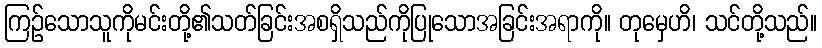
ကြဉ်သောသူကိုမင်းတို့၏သတ်ခြင်းအစရှိသည်ကိုပြုသောအခြင်းအရာကို။ တုမှေဟိ၊ သင်တို့သည်။